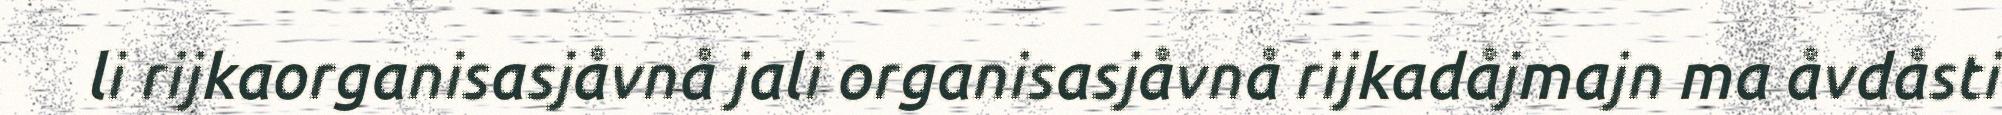
li rijkaorganisasjåvnå jali organisasjåvnå rijkadåjmajn ma åvdåsti